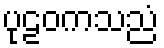
ပုဠဝကသညံ